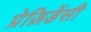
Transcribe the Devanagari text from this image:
प्रेज़िडेंसी